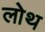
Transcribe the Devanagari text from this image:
लोथ